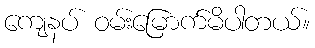
ကျေနပ် ဝမ်းမြောက်မိပါတယ်။